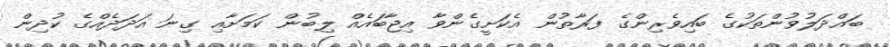
ބައްދަލުވުންތަކުގެ ބައިވެރިންގެ ފަރާތުން އެކަށީގެންވާ އިޖާބައެއް ލިބުން ކަމަށާއި ގިނަ އަދަދެއްގެ ކުދިން